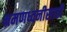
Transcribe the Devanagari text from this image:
भ्रमणध्वनीसाठी